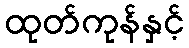
ထုတ်ကုန်နှင့်